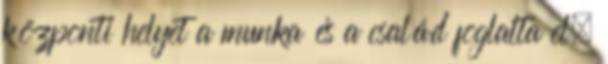
központi helyet a munka és a család foglalta el;